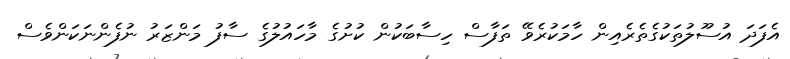
އެފަދަ އުސޫލުތަކުގެތެރެއިން ހާމަކުރެވޭ ތަފާސް ހިސާބަކުން ކުށުގެ މާހައުލުގެ ސާފު މަންޒަރު ނުފެންނަކަންވެސް